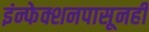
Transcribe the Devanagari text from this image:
इंन्फेक्शनपासूनही